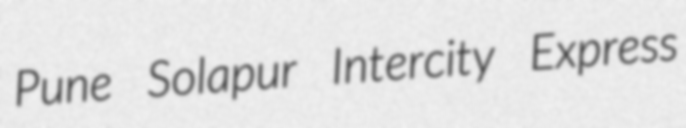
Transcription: Pune Solapur Intercity Express